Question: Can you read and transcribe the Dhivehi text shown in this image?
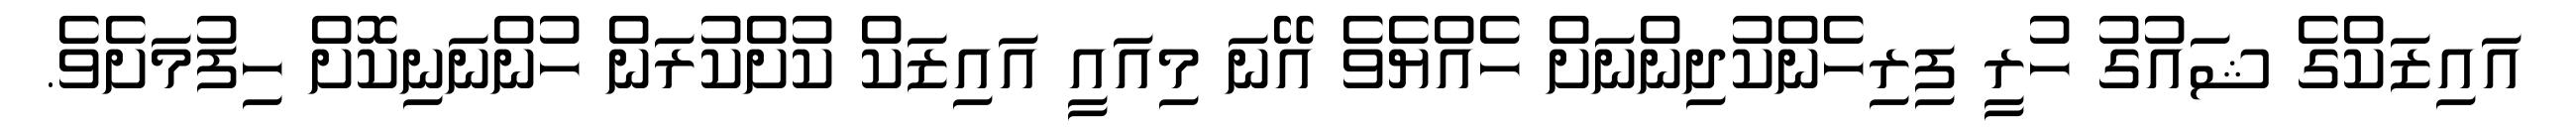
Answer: އައިޒަކްގެ ޝައުގު ހުރީ ފިރިހެންކުދިންނަށް ހެއްޔެވެ އޭނަ މިއައީ އައިޒަކް ކުށްކުރަން ހުންނަނިކޮށް ހިފުމަށެވެ.